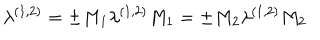
LaTeX: \lambda ^ { ( 1 , 2 ) } = \pm M _ { 1 } \lambda ^ { ( 1 , 2 ) } M _ { 1 } = \pm M _ { 2 } \lambda ^ { ( 1 , 2 ) } M _ { 2 } \;